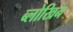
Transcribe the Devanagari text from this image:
ब्लोखिन